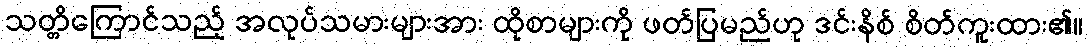
သတ္တိကြောင်သည့် အလုပ်သမားများအား ထိုစာများကို ဖတ်ပြမည်ဟု ဒင်းနိစ် စိတ်ကူးထား၏။